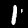
Label: 1